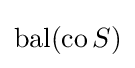
\operatorname {bal} (\operatorname {co} S)